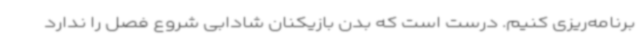
برنامه‌ریزی کنیم. درست است که بدن بازیکنان شادابی شروع فصل را ندارد